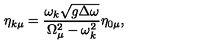
\eta _ { k \mu } = \frac { \omega _ { k } \sqrt { g \Delta \omega } } { \Omega _ { \mu } ^ { 2 } - \omega _ { k } ^ { 2 } } \eta _ { 0 \mu } ,